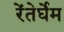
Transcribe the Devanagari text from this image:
रेंतेर्घेम